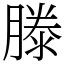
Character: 滕